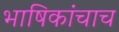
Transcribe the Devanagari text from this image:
भाषिकांचाच